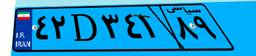
۴۲D۳۴۱۸۹